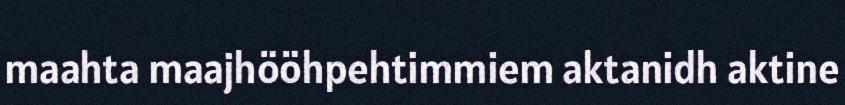
maahta maajhööhpehtimmiem aktanidh aktine